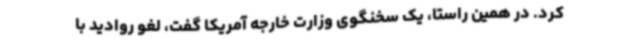
کرد. در همین راستا، یک سخنگوی وزارت خارجه آمریکا گفت، لغو روادید با